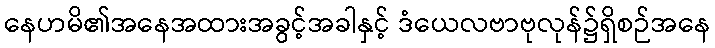
နေဟမိ၏အနေအထားအခွင့်အခါနှင့် ဒံယေလဗာဗုလုန်၌ရှိစဉ်အနေ